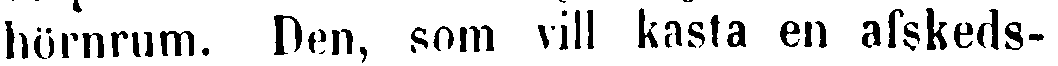
hörnrum. Den, som vill kasta en afskeds-